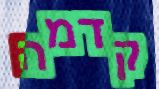
קדמה